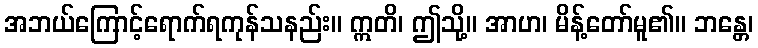
အဘယ်ကြောင့်ရောက်ရကုန်သနည်း။ ဣတိ၊ ဤသို့။ အာဟ၊ မိန့်တော်မူ၏။ ဘန္တေ၊